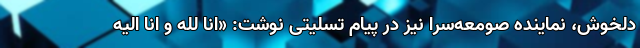
دلخوش، نماینده صومعه‌سرا نیز در پیام تسلیتی نوشت: «انا لله و انا الیه